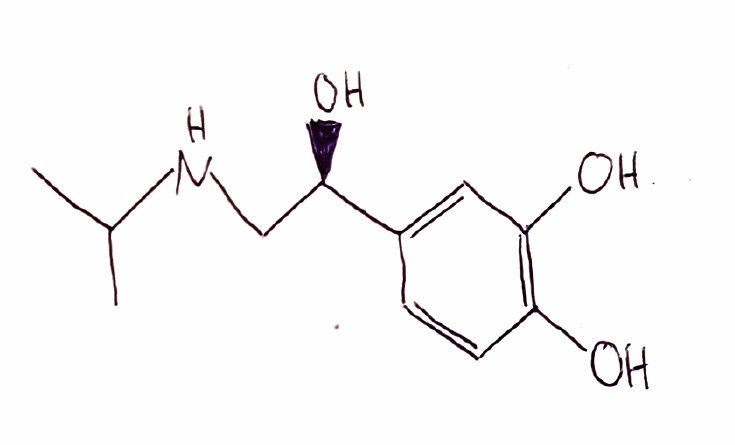
Simplified molecular-input line-entry system (SMILES) notation of the given molecule:
CC(C)NC[C@H](C1=CC(=C(C=C1)O)O)O